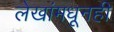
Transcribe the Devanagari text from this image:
लेखांमधूनही